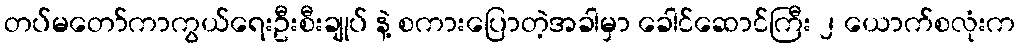
တပ်မတော်ကာကွယ်ရေးဦးစီးချုပ် နဲ့ စကားပြောတဲ့အခါမှာ ခေါင်ဆောင်ကြီး ၂ ယောက်စလုံးက